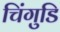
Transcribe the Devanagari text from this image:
चिंगुडि